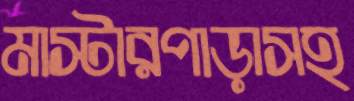
মাস্টারপাড়াসহ